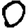
Digit: 0